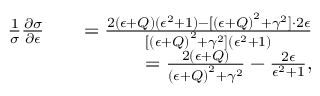
\begin{array} { r l r } { \frac { 1 } { \sigma } \frac { \partial \sigma } { \partial \epsilon } } & { } & { = \frac { 2 ( \epsilon + Q ) ( \epsilon ^ { 2 } + 1 ) - [ { ( \epsilon + Q ) } ^ { 2 } + \gamma ^ { 2 } ] \cdot 2 \epsilon } { [ { ( \epsilon + Q ) } ^ { 2 } + \gamma ^ { 2 } ] ( \epsilon ^ { 2 } + 1 ) } } \\ & { } & { = \frac { 2 \left( \epsilon + Q \right) } { { \left( \epsilon + Q \right) } ^ { 2 } + \gamma ^ { 2 } } - \frac { 2 \epsilon } { \epsilon ^ { 2 } + 1 } , } \end{array}